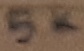
Text: 5KΩ